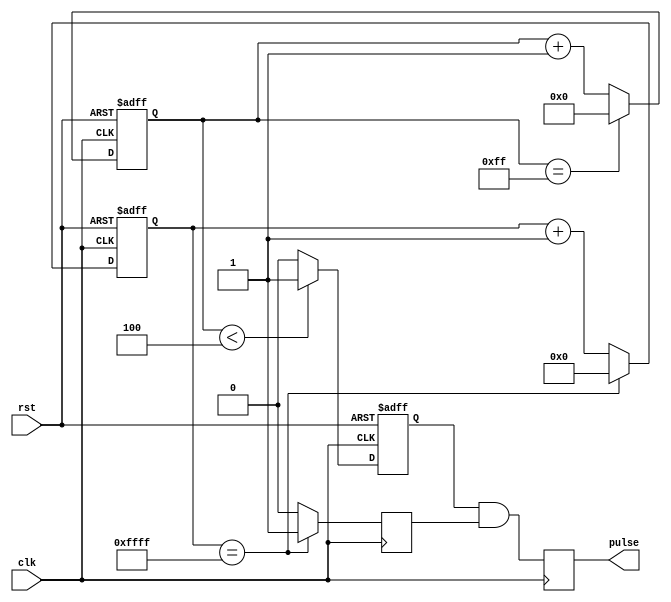
module DutyCyclePulseGenerator(
    input wire clk,
    input wire rst,
    output reg pulse
);

reg [15:0] clock_divider;
reg [7:0] duty_cycle_counter;
reg pulse_output_reg;
reg pulse_synch;

// Clock Divider
always @(posedge clk or posedge rst) begin
    if(rst) begin
        clock_divider <= 16'h0000;
    end else begin
        if(clock_divider == 16'hFFFF) begin
            clock_divider <= 16'h0000;
        end else begin
            clock_divider <= clock_divider + 1;
        end
    end
end

// Duty Cycle Controller
always @(posedge clk or posedge rst) begin
    if(rst) begin
        duty_cycle_counter <= 8'h00;
    end else begin
        if(duty_cycle_counter == 8'hFF) begin
            duty_cycle_counter <= 8'h00;
        end else begin
            duty_cycle_counter <= duty_cycle_counter + 1;
        end
    end
end

// Synchronization block
always @(posedge clk) begin
    if(clock_divider == 16'hFFFF) begin
        pulse_synch <= 1'b1;
    end else begin
        pulse_synch <= 1'b0;
    end
end

// Pulse generation
always @(posedge clk or posedge rst) begin
    if(rst) begin
        pulse_output_reg <= 1'b0;
    end else begin
        if(duty_cycle_counter < 8'b100) begin
            pulse_output_reg <= 1'b1;
        end else begin
            pulse_output_reg <= 1'b0;
        end
    end
end

// Output pulse
always @(posedge clk) begin
    pulse <= pulse_output_reg & pulse_synch;
end

endmodule